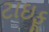
ટાઇફૂ